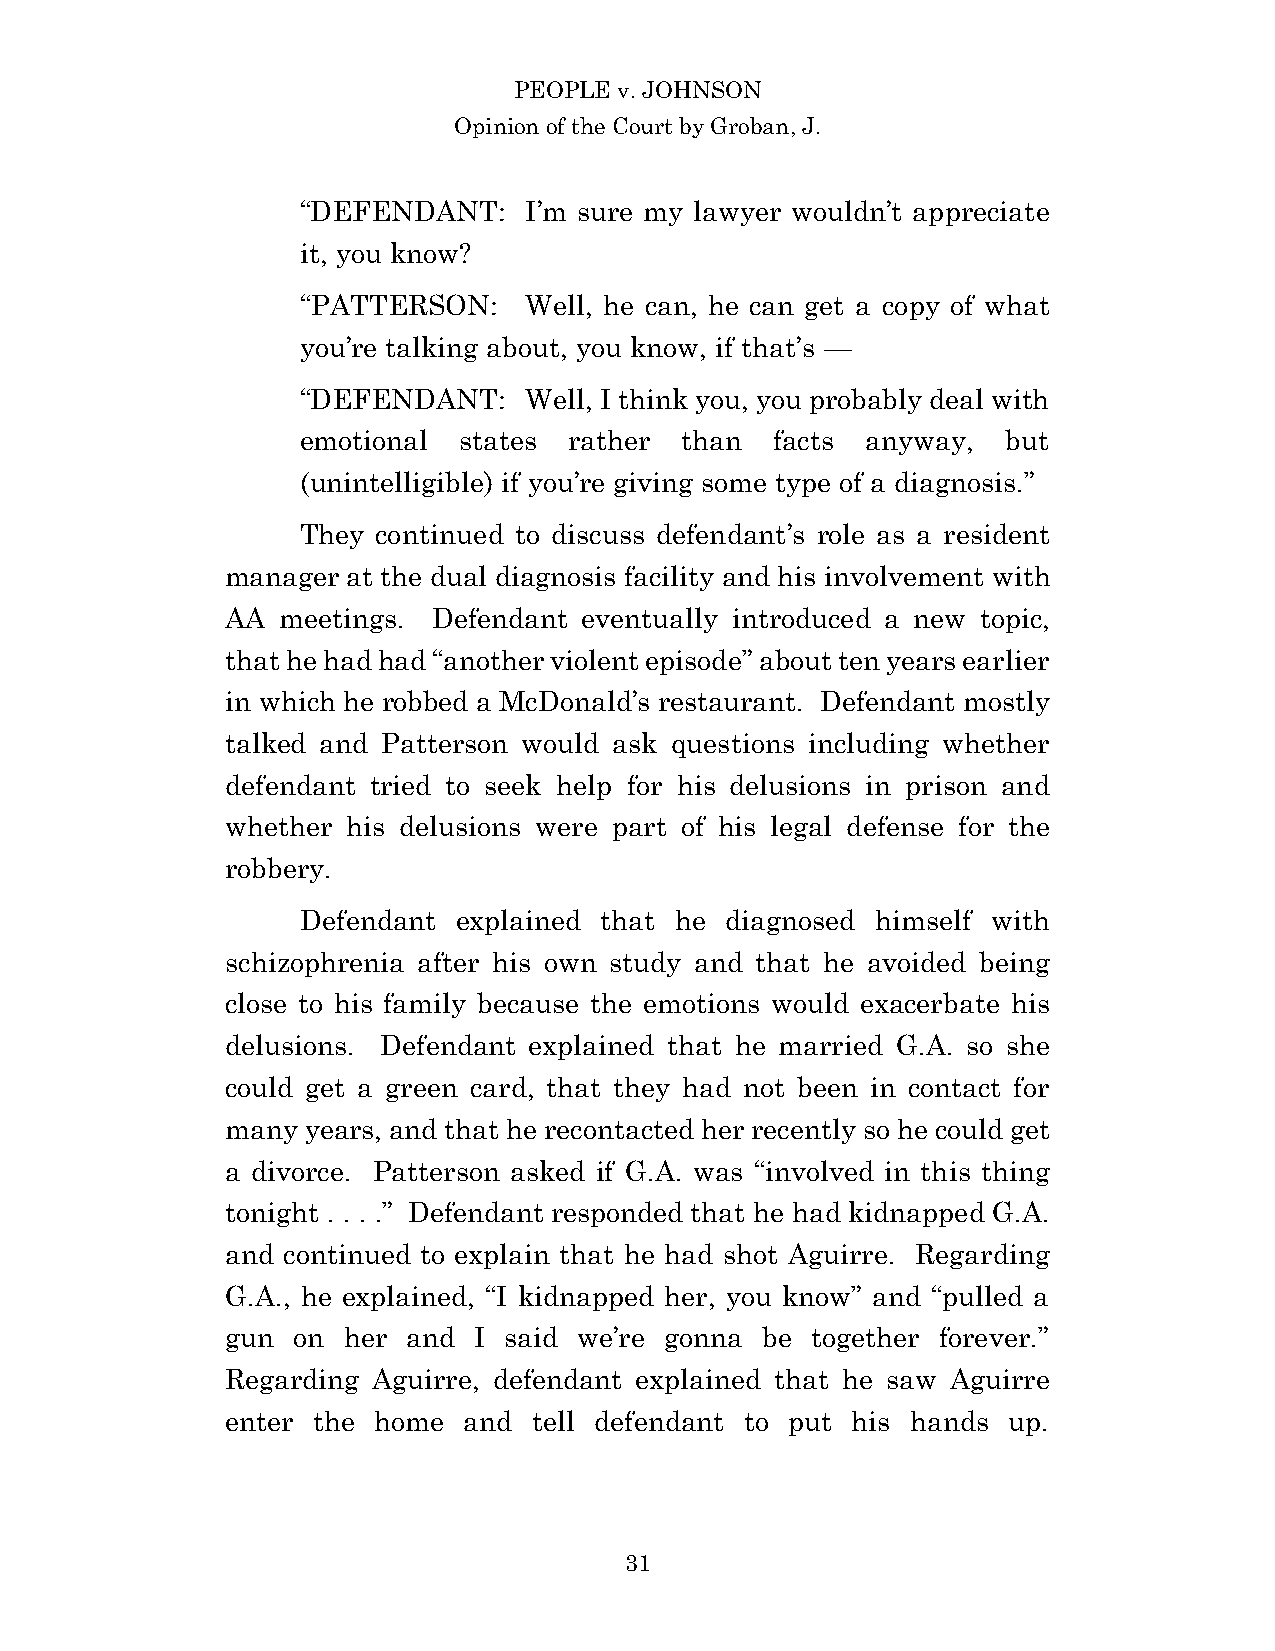
PEOPLE v. JOHNSON
 Opinion of the Court by Groban, J.
 “DEFENDANT:    I’m sure my lawyer wouldn’t appreciate
 it, you know?
 “PATTERSON:    Well, he can, he can get a copy of what
 you’re talking about, you know, if that’s —
 “DEFENDANT:    Well, I think you, you probably deal with
 emotional states  rather than  facts anyway,   but
 (unintelligible) if you’re giving some type of a diagnosis.”
 They continued to discuss defendant’s role as a resident
 manager at the dual diagnosis facility and his involvement with
 AA meetings.  Defendant eventually introduced a new topic,
 that he had had “another violent episode” about ten years earlier
 in which he robbed a McDonald’s restaurant. Defendant mostly
 talked and Patterson would ask questions including whether
 defendant tried to seek help for his delusions in prison and
 whether his delusions were part of his legal defense for the
 robbery.
 Defendant explained that he diagnosed himself with
 schizophrenia after his own study and that he avoided being
 close to his family because the emotions would exacerbate his
 delusions. Defendant explained that he married G.A. so she
 could get a green card, that they had not been in contact for
 many years, and that he recontacted her recently so he could get
 a divorce. Patterson asked if G.A. was “involved in this thing
 tonight . . . .” Defendant responded that he had kidnapped G.A.
 and continued to explain that he had shot Aguirre. Regarding
 G.A., he explained, “I kidnapped her, you know” and “pulled a
 gun on  her and I said we’re gonna be  together forever.”
 Regarding Aguirre, defendant explained that he saw Aguirre
 enter the home  and tell defendant to put his hands up.
 3 1